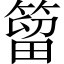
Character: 𥰣